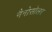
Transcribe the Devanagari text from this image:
नैनोसोलर